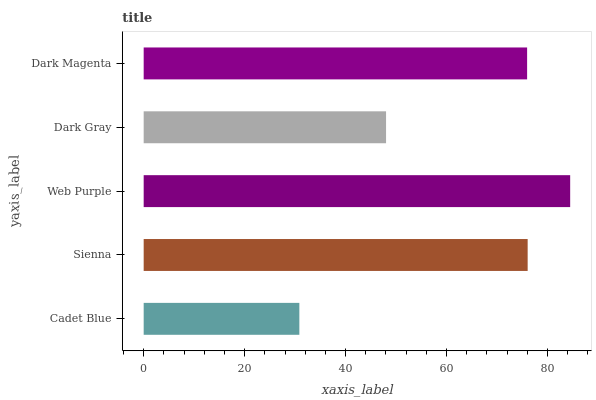
| yaxis_label | bars |
 | --- | --- |
 | Cadet Blue | 30.8 |
 | Sienna | 76.1 |
 | Web Purple | 84.5 |
 | Dark Gray | 48 |
 | Dark Magenta | 76 |